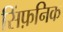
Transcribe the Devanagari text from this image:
सिंफ़निक